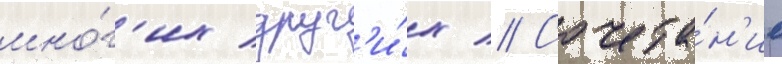
мно́г'их друг'и́х // Сочета́н'ие